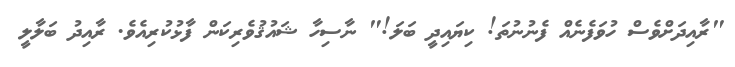
"ރާއިދަށްވެސް ހުވަފެނެއް ފެނުނުތަ! ކިޔައިދީ ބަލަ!" ނާސިހާ ޝައުޤުވެރިކަން ފާޅުކުރިއެވެ. ރާއިދު ބަލާލީ